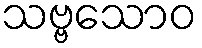
သဗ္ဗသောဝ